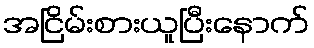
အငြိမ်းစားယူပြီးနောက်